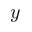
y